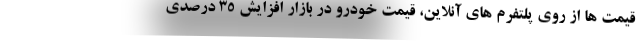
قیمت ها از روی پلتفرم های آنلاین، قیمت خودرو در بازار افزایش ۳۵ درصدی